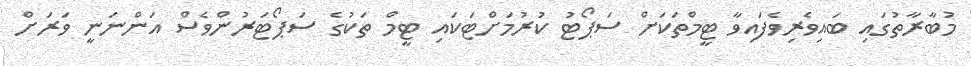
މުބާރާތުގައި ބައިވެރިވެފައިވާ ޓީމްތަކަށް ސަޕޯޓު ކުރުމަށްޓަކައި ޓީމް ތަކުގެ ސަޕޯޓަރުންވެސް އަންނަނީ ވަރަށް